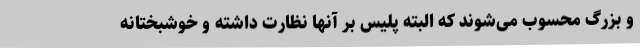
و بزرگ محسوب می‌شوند که البته پلیس بر آنها نظارت داشته و خوشبختانه